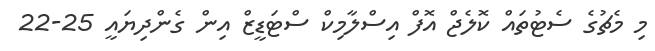
މި މެޗުގެ ސެޓުތައް ކޮލެޖް އޮފް އިސްލާމިކް ސްޓަޑީޒް އިން ގެންދިޔައީ 25-22